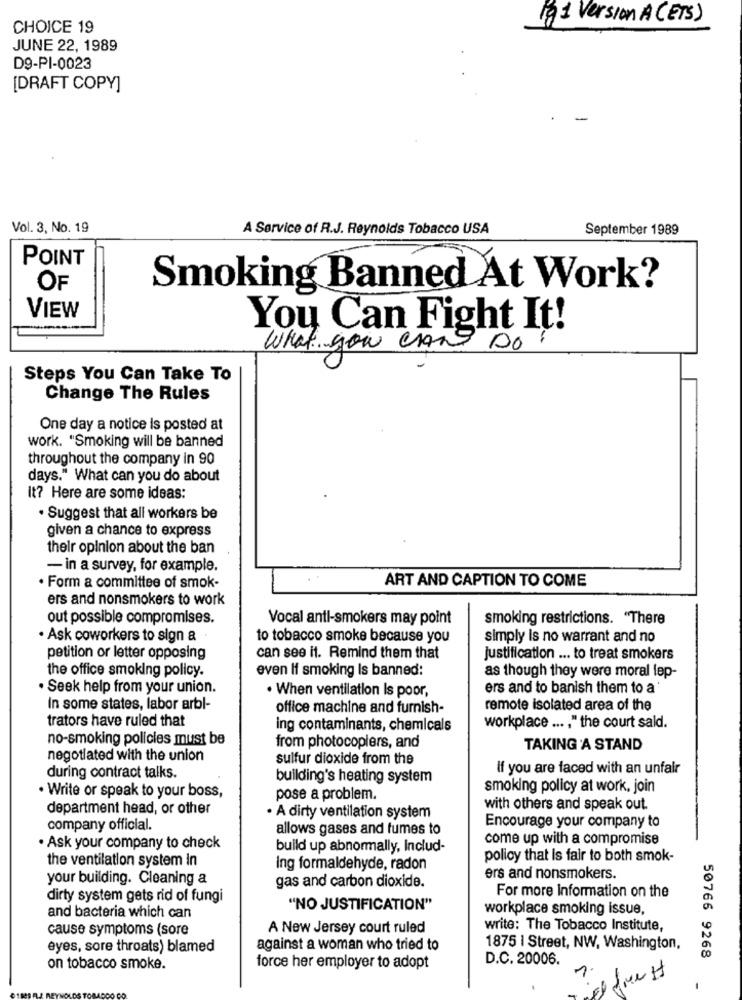
lg1 Version A (ETS)
CHOICE 19
JUNE 22, 1989
D9-PI-0023
[DRAFT COPY]
-
Vol. 3, No. 19
A Service of R.J. Reynolds Tobacco USA
September 1989
POINT
OF
Smoking Banned At Work?
VIEW
You Can Fight It!
What you can Do !
Steps You Can Take To
Change The Rules
One day a notice is posted at
work. "Smoking will be banned
throughout the company in 90
days." What can you do about
It? Here are some ideas:
. Suggest that all workers be
given a chance to express
their opinion about the ban
- in a survey, for example.
· Form a committee of smok-
ART AND CAPTION TO COME
ers and nonsmokers to work
out possible compromises.
Vocal anti-smokers may point
smoking restrictions. "There
. Ask coworkers to sign &
to tobacco smoke because you
simply is no warrant and no
petition or letter opposing
can see it. Remind them that
justification ... to treat smokers
the office smoking policy.
even If smoking Is banned:
as though they were moral lep-
. Seek help from your union.
ers and to banish them to a
. When ventilation Is poor,
In some states, labor arbl-
office machine and furnish-
remote isolated area of the
trators have ruled that
ing contaminants, chemicals
workplace .... " the court sald.
no-smoking policies must be
from photocopiers, and
TAKING A STAND
negotiated with the union
sulfur dioxide from the
If you are faced with an unfair
during contract talks.
building's heating system
. Write or speak to your boss,
smoking policy at work, join
pose a problem.
department head, or other
with others and speak out.
· A dirty ventilation system
company official.
allows gases and fumes to
Encourage your company to
come up with a compromise
· Ask your company to check
build up abnormally, Includ-
the ventilation system in
policy that is fair to both smok-
ing formaldehyde, radon
your building. Cleaning a
gas and carbon dioxide.
ers and nonsmokers.
dirty system gets rid of fungi
For more Information on the
"NO JUSTIFICATION"
workplace smoking issue,
and bacteria which can
cause symptoms (sore
A New Jersey court ruled
write: The Tobacco Institute,
eyes, sore throats) blamed
against a woman who tried to
1875 | Street, NW, Washington,
D.C. 20006.
50766 9268
on tobacco smoke.
force her employer to adopt
-